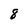
Character: 8